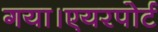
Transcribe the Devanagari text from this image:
गया।एयरपोर्ट